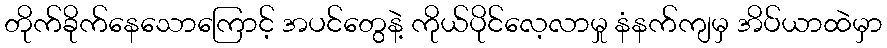
တိုက်ခိုက်နေသောကြောင့် အပင်တွေနဲ့ ကိုယ်ပိုင်လေ့လာမှု နံနက်ကျမှ အိပ်ယာထဲမှာ